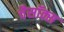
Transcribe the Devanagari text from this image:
चैसॉक्स